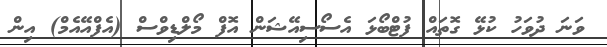
ވަނަ ދުވަހު ކުޅޭ ގޮތައް ފުޓްބޯޅަ އެސޯސިއޭޝަން އޮފް މޯލްޑިވްސް (އެފްއޭއެމް) އިން